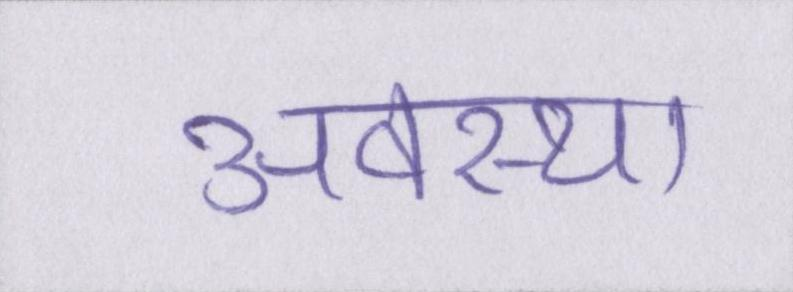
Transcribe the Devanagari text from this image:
अवस्था